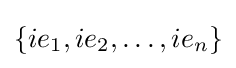
\left\{ie_{1},ie_{2},\dots ,ie_{n}\right\}